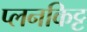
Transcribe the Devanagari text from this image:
प्लनकिट्ट